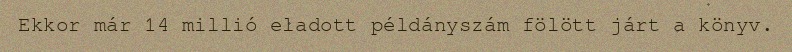
Ekkor már 14 millió eladott példányszám fölött járt a könyv.